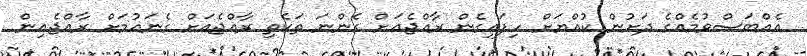
އެއްބަސްވުމެއްގެ ދަށުން ކުއްޔަށް ހިފައިގެން ރާއްޖެއަށް ގެންނަ ތަކެތި ރާއްޖެއަށް ގެނައުމަށް ރާއްޖެއިން